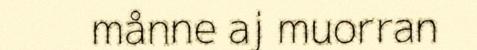
månne aj muorran